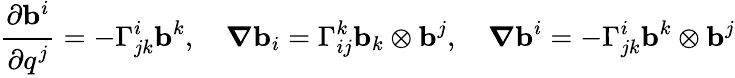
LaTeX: {\cfrac{\partial\mathbf{b}^{i}}{\partial q^{j}}}=-\Gamma^{i}_{jk}\mathbf{b}^{k},\quad{\boldsymbol{\nabla}}\mathbf{b}_{i}=\Gamma^{k}_{ij}\mathbf{b}_{k}\otimes\mathbf{b}^{j},\quad{\boldsymbol{\nabla}}\mathbf{b}^{i}=-\Gamma^{i}_{jk}\mathbf{b}^{k}\otimes\mathbf{b}^{j}